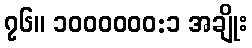
၇၆။ ၁၀၀၀၀၀၀:၁ အချိုး